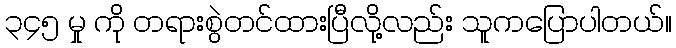
၃၄၅ မှု ကို တရားစွဲတင်ထားပြီလို့လည်း သူကပြောပါတယ်။